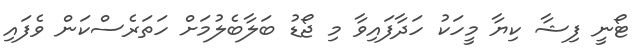
ޓޯނީ ފިޝާ ކިޔާ މީހަކު ހަދާފައިވާ މި ޖޯޑު ބަލާބެލުމަށް ހަތަރެސްކަން ވެފައި